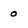
Character: 0